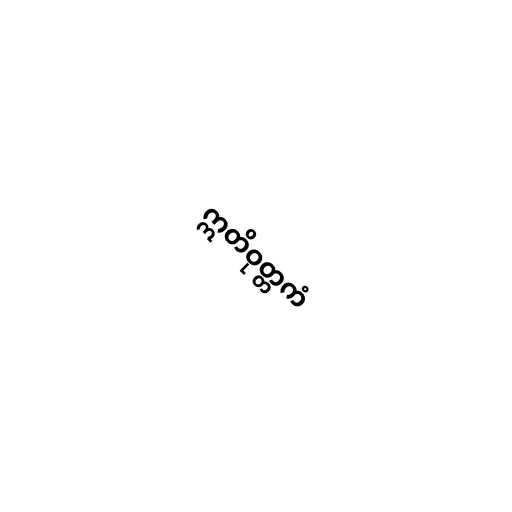
ဣတိဝုတ္တကံ